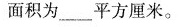
面积为___平方厘米。